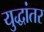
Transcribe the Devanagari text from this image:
युद्धांतर